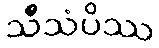
သီသံပိဿ